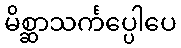
မိစ္ဆာသင်္ကပ္ပေါပေ